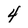
Character: 4